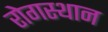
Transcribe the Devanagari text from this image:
रोगस्थान